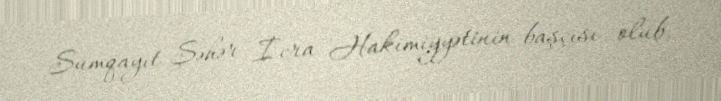
Sumqayıt Şəhər İcra Hakimiyyətinin başçısı olub.